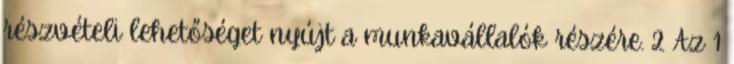
részvételi lehetőséget nyújt a munkavállalók részére. 2 Az 1